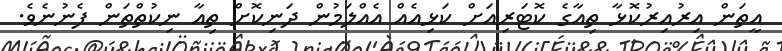
އީތަން އިރުއިރުކޮޅާ ތިއާގެ ކޮޓަރިއަށް ކަޅިއެއް އެއްލަމުން ދަނިކޮށް ތިއާ ނިކުތްތަން ފެނުނެވެ.